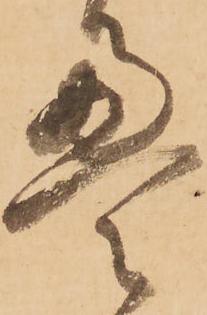
畳